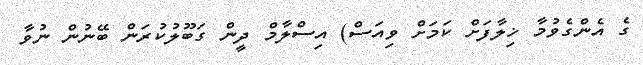
ގެ އެންގެވުމާ ޚިލާފަށް ކަމަށް ވިއަސް) އިސްލާމް ދީން ގަބޫލުކުރަން ބޭނުން ނުވާ